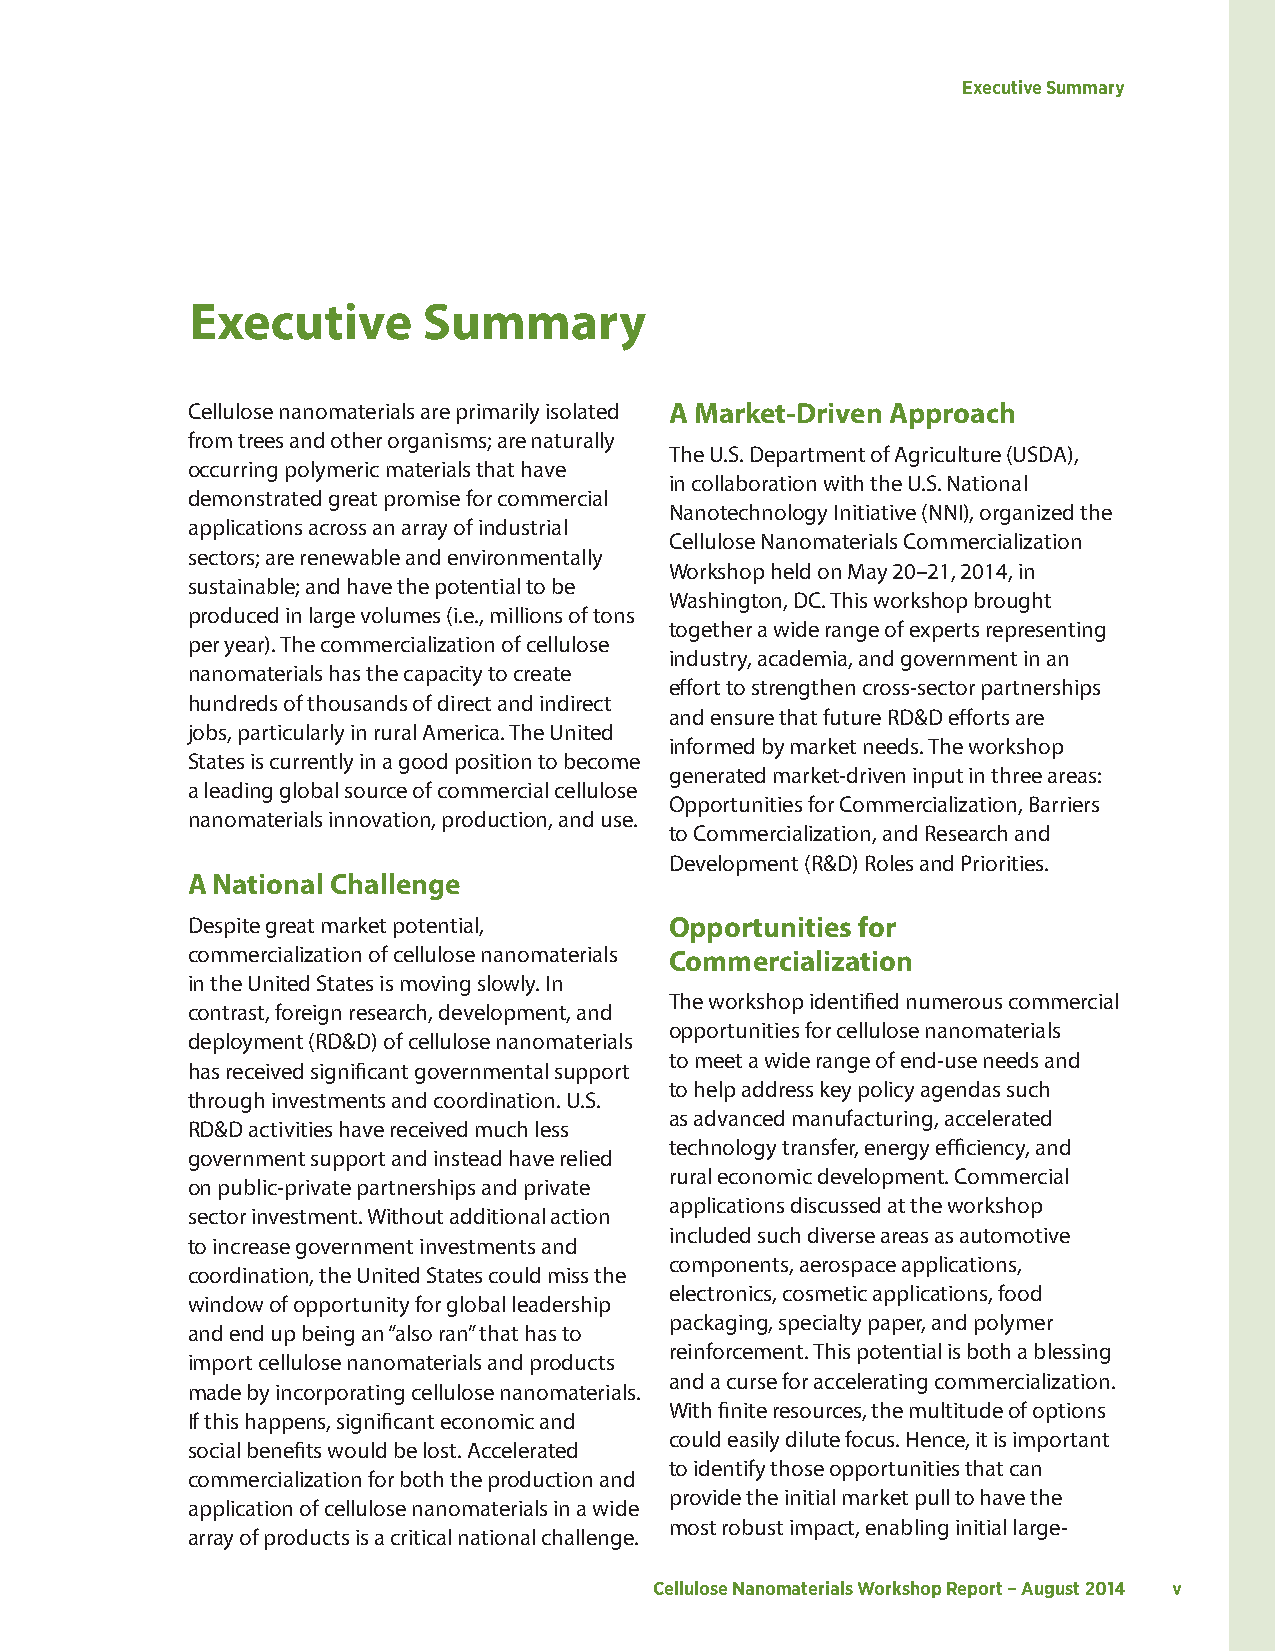
Executive Summary
 Executive      Summary
 Cellulose nanomaterials are primarily isolated A Market-Driven Approach
 from trees and other organisms; are naturally
 The U.S. Department of Agriculture (USDA),
 occurring polymeric materials that have
 in collaboration with the U.S. National
 demonstrated great promise for commercial
 Nanotechnology Initiative (NNI), organized the
 applications across an array of industrial
 Cellulose Nanomaterials Commercialization
 sectors; are renewable and environmentally
 Workshop held on May 20–21, 2014, in
 sustainable; and have the potential to be
 Washington, DC. This workshop brought
 produced in large volumes (i.e., millions of tons
 together a wide range of experts representing
 per year). The commercialization of cellulose
 industry, academia, and government in an
 nanomaterials has the capacity to create
 effort to strengthen cross-sector partnerships
 hundreds of thousands of direct and indirect
 and ensure that future RD&D efforts are
 jobs, particularly in rural America. The United
 informed by market needs. The workshop
 States is currently in a good position to become
 generated market-driven input in three areas:
 a leading global source of commercial cellulose
 Opportunities for Commercialization, Barriers
 nanomaterials innovation, production, and use.
 to Commercialization, and Research and
 Development (R&D) Roles and Priorities.
 A National Challenge
 Despite great market potential, Opportunities for
 commercialization of cellulose nanomaterials Commercialization
 in the United States is moving slowly. In
 The workshop identified numerous commercial
 contrast, foreign research, development, and
 opportunities for cellulose nanomaterials
 deployment (RD&D) of cellulose nanomaterials
 to meet a wide range of end-use needs and
 has received significant governmental support
 to help address key policy agendas such
 through investments and coordination. U.S.
 as advanced manufacturing, accelerated
 RD&D activities have received much less
 technology transfer, energy efficiency, and
 government support and instead have relied
 rural economic development. Commercial
 on public-private partnerships and private
 applications discussed at the workshop
 sector investment. Without additional action
 included such diverse areas as automotive
 to increase government investments and
 components, aerospace applications,
 coordination, the United States could miss the
 electronics, cosmetic applications, food
 window of opportunity for global leadership
 packaging, specialty paper, and polymer
 and end up being an “also ran” that has to
 reinforcement. This potential is both a blessing
 import cellulose nanomaterials and products
 and a curse for accelerating commercialization.
 made by incorporating cellulose nanomaterials.
 With finite resources, the multitude of options
 If this happens, significant economic and
 could easily dilute focus. Hence, it is important
 social benefits would be lost. Accelerated
 to identify those opportunities that can
 commercialization for both the production and
 provide the initial market pull to have the
 application of cellulose nanomaterials in a wide
 most robust impact, enabling initial large-
 array of products is a critical national challenge.
 Cellulose Nanomaterials Workshop Report – August 2014 v